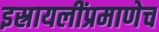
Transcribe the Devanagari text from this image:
इस्रायलींप्रमाणेच